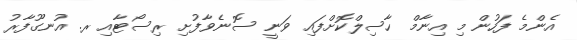
އެންމެ ފަހުން މި އިނާމް ހާސިލްކޮށްފައި ވަނީ ސޮނެވާފުށި ރިސޯޓާއި ރ. އުނގޫފާރު